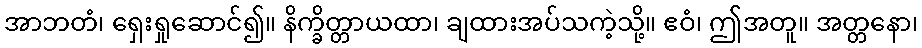
အာဘတံ၊ ရှေးရှုဆောင်၍။ နိက္ခိတ္တာယထာ၊ ချထားအပ်သကဲ့သို့။ ဧဝံ၊ ဤအတူ။ အတ္တနော၊